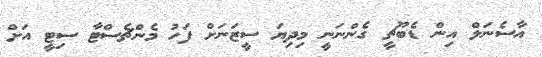
އާސެނަލް އިން ޑެބޫޗީ ގެންނަނީ މިދިޔަ ސީޒަނަށް ފަހު މެންޗެސްޓާ ސިޓީ އަށް